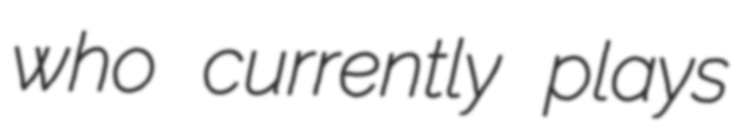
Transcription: who currently plays